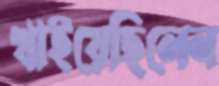
খাইয়েছিলেন